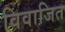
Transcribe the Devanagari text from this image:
विवाजित